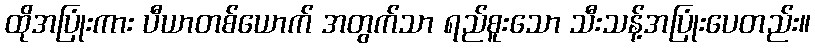
ထိုအပြုံးကား ပီယာတစ်ယောက် အတွက်သာ ရည်စူးသော သီးသန့်အပြုံးပေတည်း။